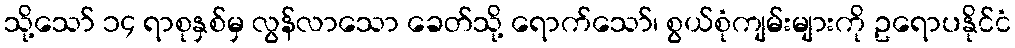
သို့သော် ၁၄ ရာစုနှစ်မှ လွန်လာသော ခေတ်သို့ ရောက်သော်၊ စွယ်စုံကျမ်းများကို ဥရောပနိုင်ငံ